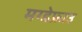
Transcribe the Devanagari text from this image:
मग्डेफ्राउ